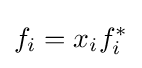
f_{i}=x_{i}f_{i}^{*}